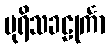
ပုရိသခဠုင်္ကာ